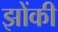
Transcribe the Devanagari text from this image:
झोंकी